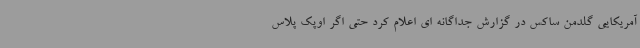
آمریکایی گلدمن ساکس در گزارش جداگانه ای اعلام کرد حتی اگر اوپک پلاس